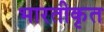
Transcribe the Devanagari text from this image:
भारतीकृत